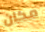
مكان